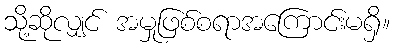
သို့ဆိုလျှင် အမှုဖြစ်စရာအကြောင်းမရှိ။